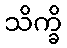
သိက္ခိ